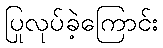
ပြုလုပ်ခဲ့ကြောင်း